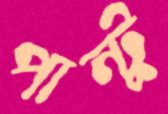
পান্টু